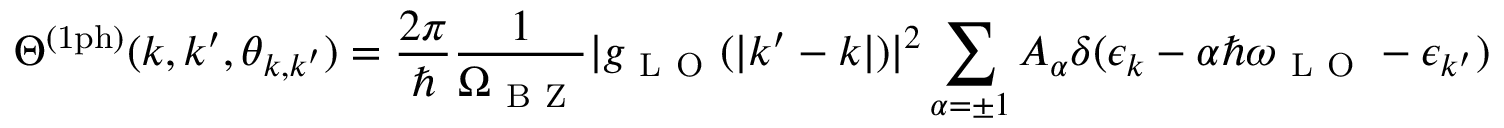
\Theta ^ { \mathrm { ( 1 p h ) } } ( k , k ^ { \prime } , \theta _ { \boldsymbol { k } , \boldsymbol { k } ^ { \prime } } ) = \frac { 2 \pi } { \hbar } \frac { 1 } { \Omega _ { \mathrm { ~ B ~ Z ~ } } } | g _ { \mathrm { ~ L ~ O ~ } } ( | \boldsymbol { k } ^ { \prime } - \boldsymbol { k } | ) | ^ { 2 } \sum _ { \alpha = \pm 1 } A _ { \alpha } \delta ( \epsilon _ { k } - \alpha \hbar \omega _ { \mathrm { ~ L ~ O ~ } } - \epsilon _ { k ^ { \prime } } )